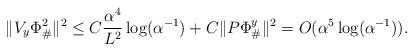
LaTeX: \begin{align*}\|V_y \Phi_{\#}^2\|^2 \leq C \frac{\alpha^4}{L^2}\log(\alpha^{-1}) + C\|P \Phi_{\#}^y\|^2 = O(\alpha^5 \log(\alpha^{-1})).\end{align*}